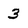
Character: 3